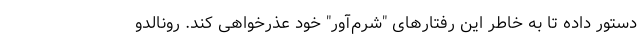
دستور داده تا به خاطر این رفتارهای "شرم‌آور" خود عذرخواهی کند. رونالدو